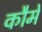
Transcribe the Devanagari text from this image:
कौमे